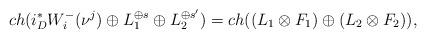
LaTeX: \begin{align*}ch(i^{*}_{D}W^{-}_{i}(\nu^{j})\oplus L_{1}^{\oplus s} \oplus L_{2}^{\oplus s'} )=ch((L_{1}\otimes F_{1})\oplus (L_{2}\otimes F_{2})),\end{align*}